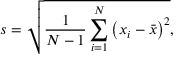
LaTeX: s = { \sqrt { { \frac { 1 } { N - 1 } } \sum _ { i = 1 } ^ { N } \left( x _ { i } - { \bar { x } } \right) ^ { 2 } } } ,